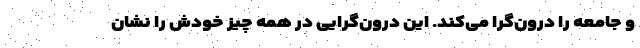
و جامعه را درون‌گرا می‌کند. این درون‌گرایی در همه‌ چیز خودش را نشان